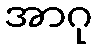
အာဂု